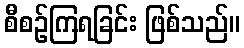
စီစဉ်ကြရခြင်း ဖြစ်သည်။